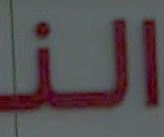
النـ